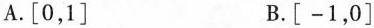
A.[0，1] B.[-1，0]